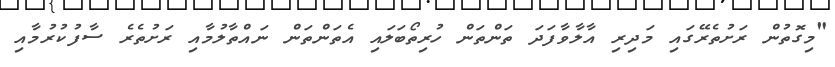
"މިގޮތުން ރަށުތެރޭގައި މަދިރި އާލާވާފަދަ ތަންތަން ހުރިތޯބަލައި އެތަންތަން ނައްތާލުމާއި ރަށުތެރެ ސާފުކުރުމާއި